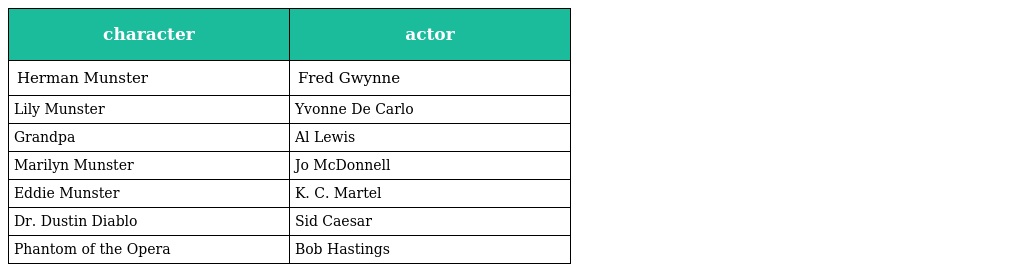
| character | actor |
 | --- | --- |
 | Herman Munster | Fred Gwynne |
 | Lily Munster | Yvonne De Carlo |
 | Grandpa | Al Lewis |
 | Marilyn Munster | Jo McDonnell |
 | Eddie Munster | K. C. Martel |
 | Dr. Dustin Diablo | Sid Caesar |
 | Phantom of the Opera | Bob Hastings |